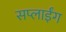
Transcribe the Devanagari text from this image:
सप्लाईंग